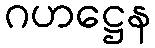
ဂဟဋ္ဌေန